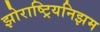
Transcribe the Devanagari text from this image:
झोराष्ट्रियनिझम